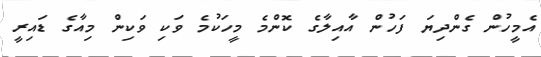
އެމީހުން ގެންދިޔަ ފަހުން އާއިލާގެ ކޮންމެ މީހަކުމެ ވަކި ވަކިން މިއާގެ ޑައިރީ